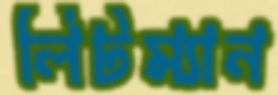
লিটম্যান